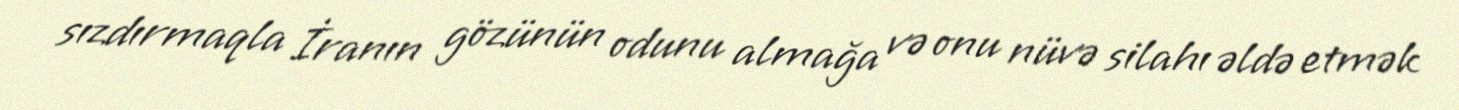
sızdırmaqla İranın gözünün odunu almağa və onu nüvə silahı əldə etmək